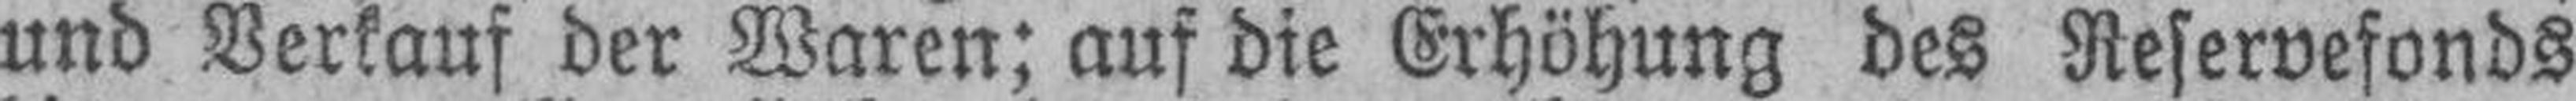
und Verkauf der Waren; auf die Erhöhung des Reservefonds